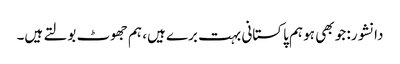
دانشور: جو بھی ہو ہم پاکستانی بہت برے ہیں، ہم جھوٹ بولتے ہیں۔